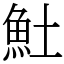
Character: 𩵚